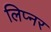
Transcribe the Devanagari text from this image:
लिप्नर